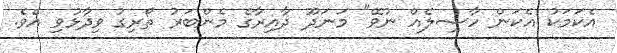
އެކަމަކު އެކަން ހާސިލެއް ނުވޭ" މަނަދޫ ދާއިރާގެ މެންބަރު ތޯރިގު ވިދާޅުވި އެވެ.